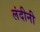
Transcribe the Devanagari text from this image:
लंदीनी